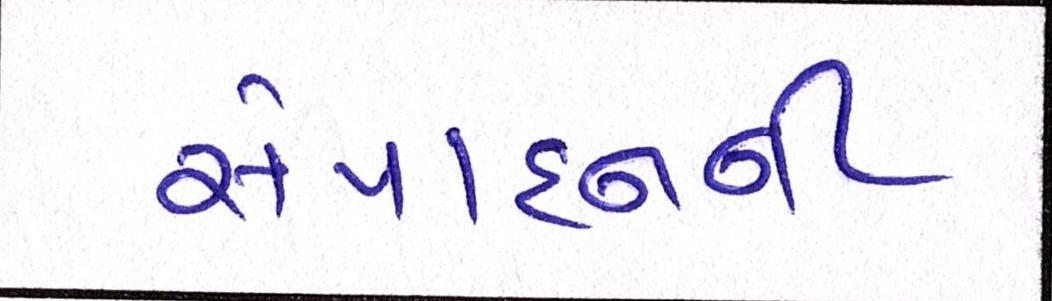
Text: સંપાદનની